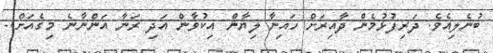
ބުނެލިއެވެ. ދަރިފުޅުމެން ދާއިރަށް ހައިނާ ލިޔާން އިކުވާން އަދި ރަނާ އަންނާނެ މިގެއަށް..